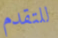
للتقدم